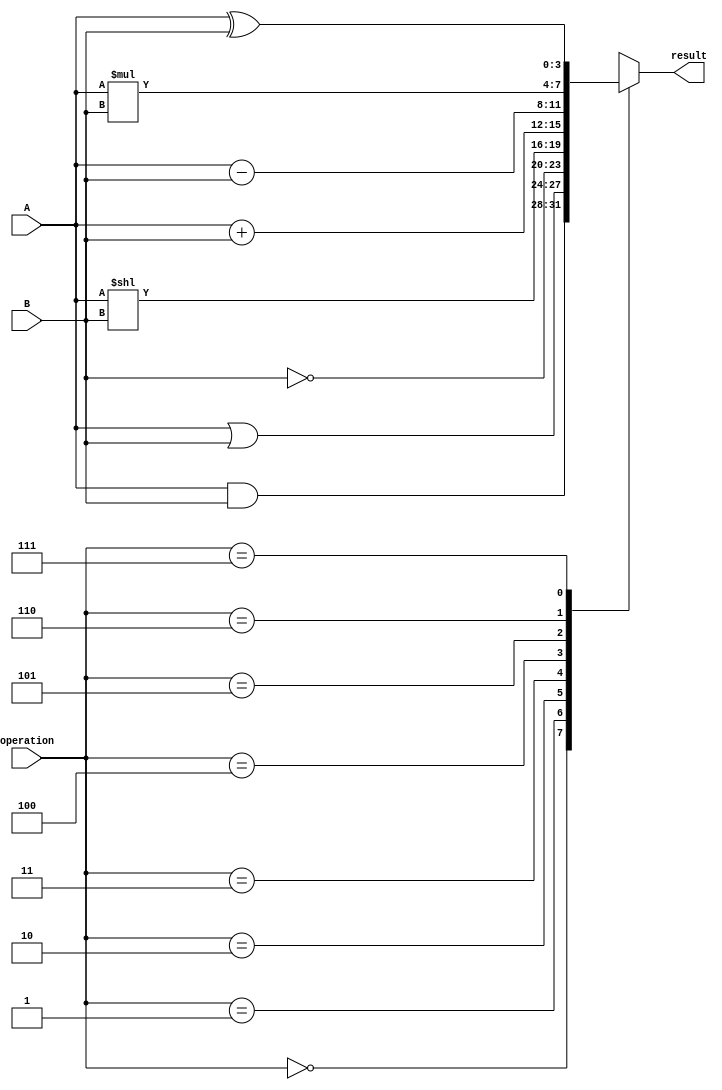
// Code your design here
module ALU ( A, B, operation, result);
	input [3:0] A, B; // 4 bits
	input [2:0] operation; // 3 bits
	output [3:0] result; // 3 bits
	
	reg [3:0] result; // in order to use inside always block
	
	always @(A, B, operation)
		begin
			case (operation)
				3'b000: result = A&B; // can also write in decimal
				3'b001: result = A | B;
				3'b010:result =  ~B;
				3'b011:result = A<<B;
				3'b100:result = A+B;
				3'b101:result = A-B;
				3'b110:result = A*B;
				3'b111:result = A ^ B; // A xor B
				
				endcase
		end
endmodule

// hex to 7-segment decoder; a-g active low
module bin7seg (x, seg, an, dp);
  input [3:0] x ; //4-bit input to display
  output [0:6] seg; // segments from a to g
  output [3:0] an;   //4-bit enable signal
  output dp;

  reg [0:6] seg;

  assign an = 4'b1110;
  assign dp = 1;

  always @(*)

      case(x)
      0: seg = 7'b0000001;
      1: seg = 7'b1001111;
      2: seg = 7'b0010010;
      3: seg = 7'b0000110;
      4: seg = 7'b1001100;
      5: seg = 7'b0100100;
      6: seg = 7'b0100000;
      7: seg = 7'b0001111;
      8: seg = 7'b0000000;
      9: seg = 7'b0000100;
      'hA: seg = 7'b0001000;
      'hb: seg = 7'b1100000;
      'hC: seg = 7'b0110001;
      'hd: seg = 7'b1000010;
      'hE: seg = 7'b0110000;
      15: seg = 7'b0111000;
      default: seg = 7'b0000001; // 0
      endcase

endmodule

module ALUwithDisplay(A, B, operation, result, seg, an, dp );
	input [3:0] A, B;
	input [2:0] operation;
	output [3:0] result;
	output [0:6] seg; // A to F is doing [0:6]
	output [3:0] an;
	output dp;
	
	ALU U1 (A, B, operation, result);
	bin7seg  U2 (result, seg, an, dp); // input, output, output, ouput
endmodule